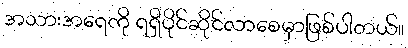
အသားအရေကို ရရှိပိုင်ဆိုင်လာစေမှာဖြစ်ပါတယ်။